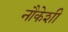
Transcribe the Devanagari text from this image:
नौकेशी